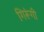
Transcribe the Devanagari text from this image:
गिरूंगी